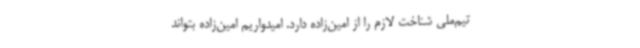
تیم‌ملی شناخت لازم را از امین‌زاده دارد. امیدواریم امین‌زاده بتواند